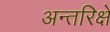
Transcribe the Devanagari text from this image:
अन्तरिक्षे